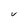
Character: V